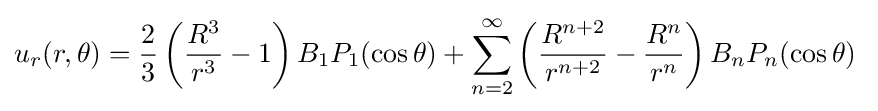
u_{r}(r,\theta )={\frac {2}{3}}\left({\frac {R^{3}}{r^{3}}}-1\right)B_{1}P_{1}(\cos \theta )+\sum _{n=2}^{\infty }\left({\frac {R^{n+2}}{r^{n+2}}}-{\frac {R^{n}}{r^{n}}}\right)B_{n}P_{n}(\cos \theta )\;